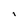
Character: q